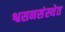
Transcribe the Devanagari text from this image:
श्वसनसंस्थेत